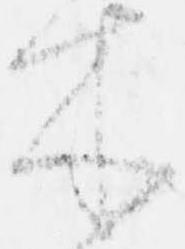
木